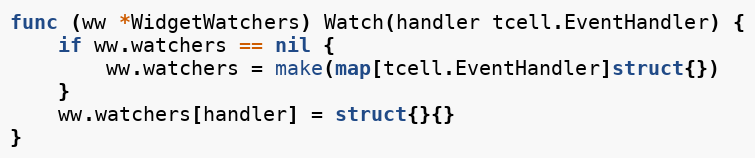
Language: Go
func (ww *WidgetWatchers) Watch(handler tcell.EventHandler) {
	if ww.watchers == nil {
		ww.watchers = make(map[tcell.EventHandler]struct{})
	}
	ww.watchers[handler] = struct{}{}
}